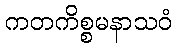
ကတကိစ္စမနာသဝံ